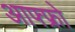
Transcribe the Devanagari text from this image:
आफ्फ्रो